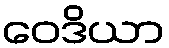
ဝေဒိယာ